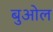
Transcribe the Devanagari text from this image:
बुओल